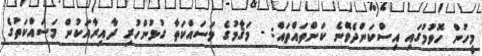
މީހުން ހޮވުމުގައި އިސްކަންދެވޭނެ ކަންތައްތައް: - މަޤާމުގެ މަސައްކަތާ ގުޅުންހުރި ދާއިރާއަކުން މަސައްކަތުގެ